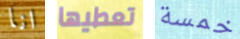
انا تعطيها خمسة